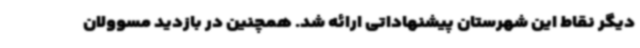
دیگر نقاط این شهرستان پیشنهاداتی ارائه شد. همچنین در بازدید مسوولان